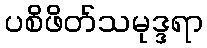
ပစိဖိတ်သမုဒ္ဒရာ